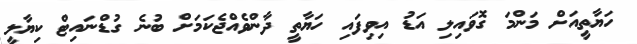
ހަޔާތީއަށް މަންމަ ގޮވައިލި އަޑު އިވިފައި ހަޔާތީ ދާންވެއްޖެކަމަށް ބުނެ ގުޑްނައިޓް ކިޔާލީ